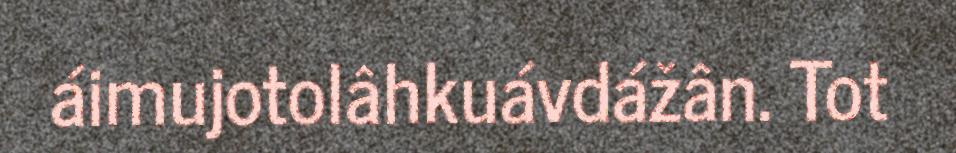
áimujotolâhkuávdážân. Tot